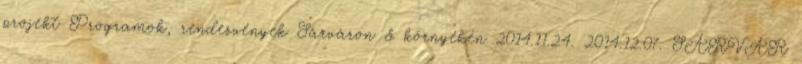
projekt Programok, rendezvények Sárváron & környékén 2014.11.24. 2014.12.07. SÁRVÁR